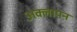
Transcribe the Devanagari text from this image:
अक्लापन